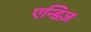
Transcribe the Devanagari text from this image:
एन्डिज़